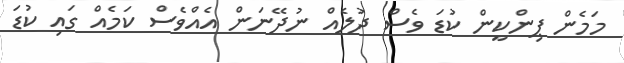
މަމެން ޕިންކީން ކުޑަ ވެސް ދުލެއް ނުދޭނަން އެއްވެސް ކަމެއް ގައި ކުޑަ